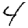
Digit: 4